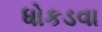
ધોકડવા